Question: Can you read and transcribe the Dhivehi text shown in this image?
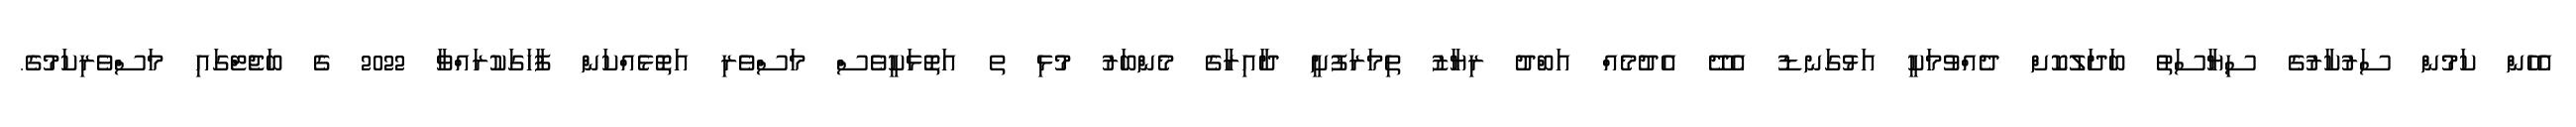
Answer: އެހެން ކަމުން ސަރުކާރުގެ ސިޔާސަތު ބަދަލުކޮށް ދެއްވުމަކީ އަޅުގަނޑު އެދޭ އެދުމެއް އަބްދު ރިޔާޒު ތިމަރަފުށީ ދާއިރާގެ މެންބަރު މުޅި ތ އަތޮޅަކީވެސް މަސްވެރި އަތޮޅެއްކަން ފާހަގަކުރައްވާ 2022 ގެ ބަޖެޓްގައި މަސްވެރިކަމުގެ.